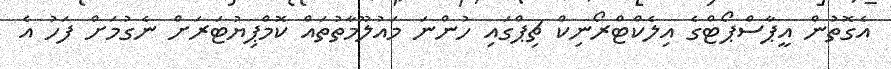
އެގޮތުން އީޕާސްޕޯޓްގެ އިލެކްޓްރޯނިކް ޗިޕްގައި ހުންނަ މައުލޫމާތުތައް ކޮމްޕިޔުޓަރަށް ނެގުމަށް ފަހު އެ